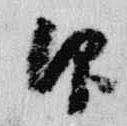
仰